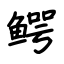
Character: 鳄